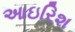
આઇરિશ